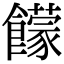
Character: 饛